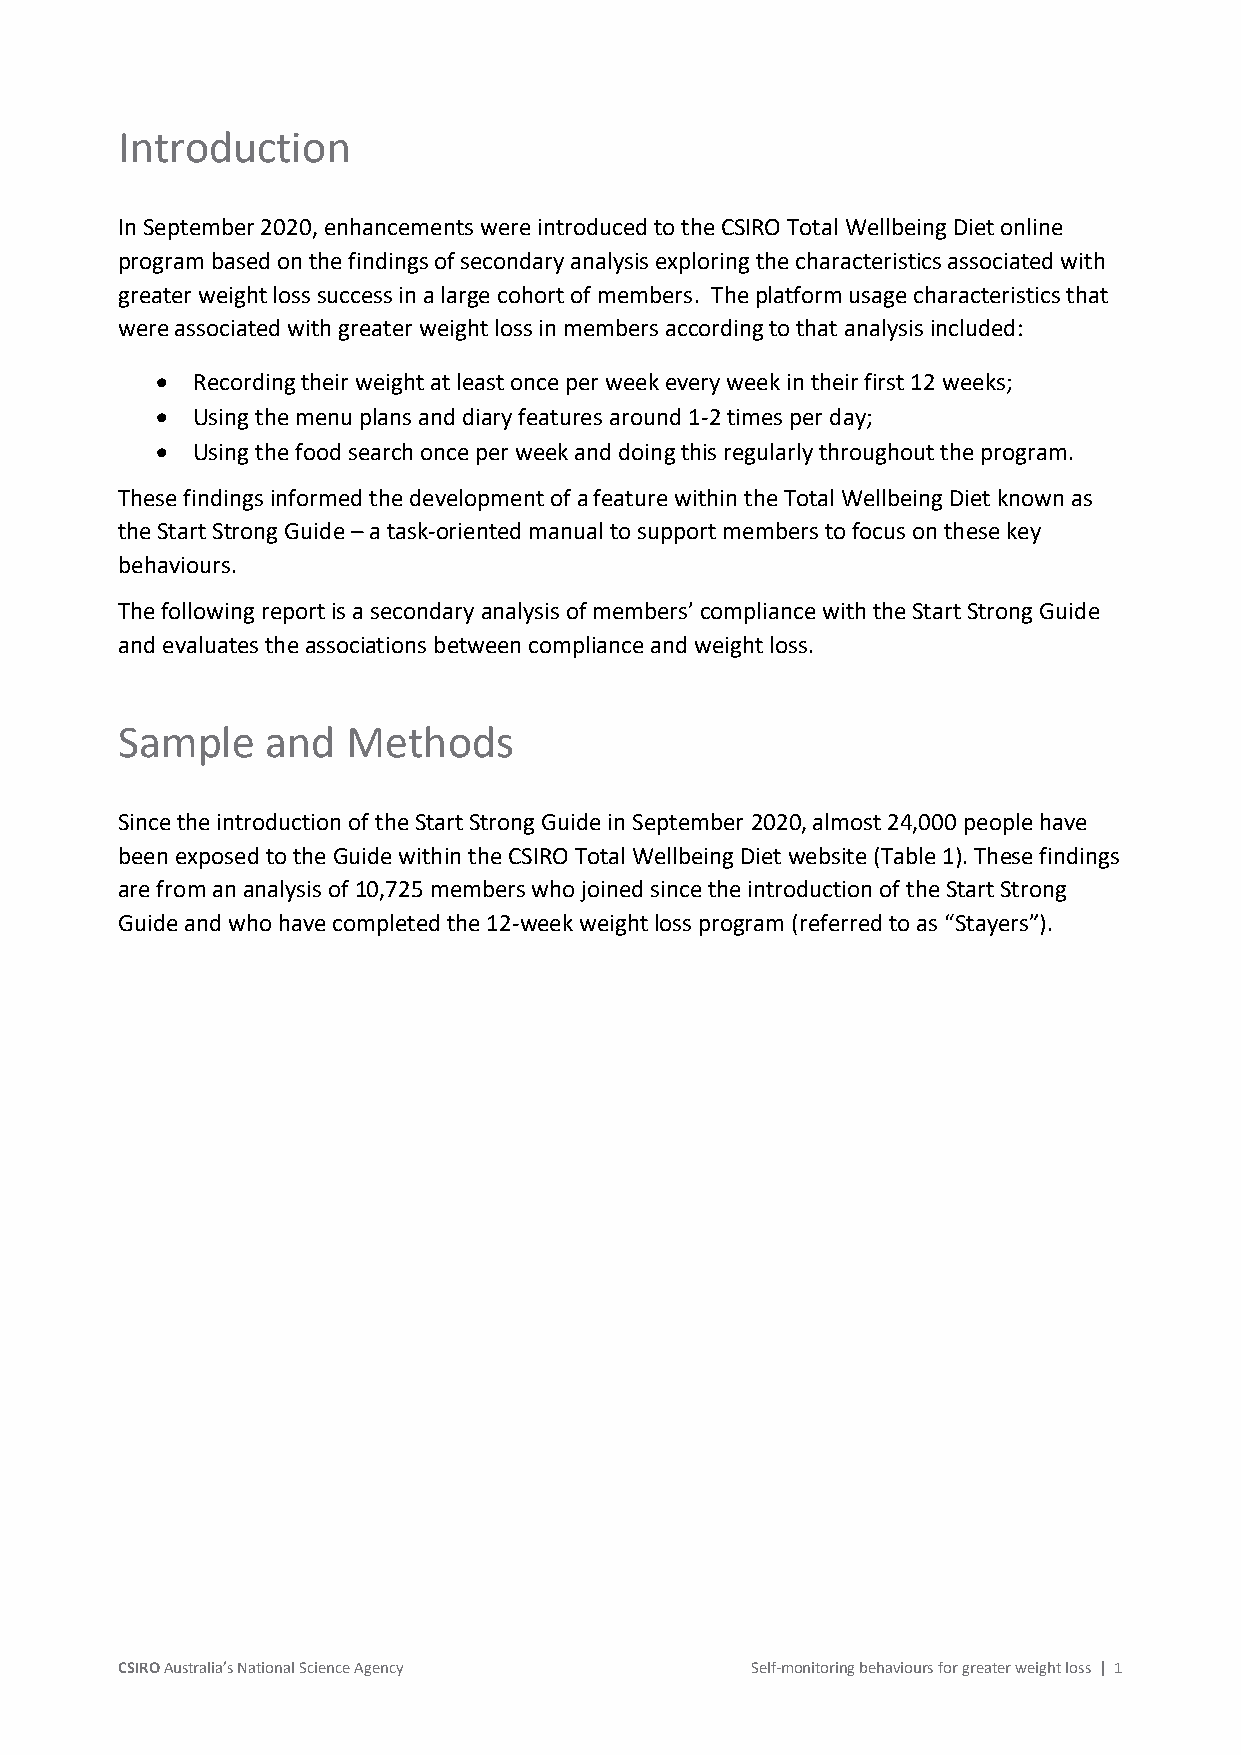
Introduction
 In September 2020, enhancements were introduced to the CSIRO Total Wellbeing Diet online
 program based on the findings of secondary analysis exploring the characteristics associated with
 greater weight loss success in a large cohort of members. The platform usage characteristics that
 were associated with greater weight loss in members according to that analysis included:
 •  Recording their weight at least once per week every week in their first 12 weeks;
 •  Using the menu plans and diary features around 1-2 times per day;
 •  Using the food search once per week and doing this regularly throughout the program.
 These findings informed the development of a feature within the Total Wellbeing Diet known as
 the Start Strong Guide – a task-oriented manual to support members to focus on these key
 behaviours.
 The following report is a secondary analysis of members’ compliance with the Start Strong Guide
 and evaluates the associations between compliance and weight loss.
 Sample    and  Methods
 Since the introduction of the Start Strong Guide in September 2020, almost 24,000 people have
 been exposed to the Guide within the CSIRO Total Wellbeing Diet website (Table 1). These findings
 are from an analysis of 10,725 members who joined since the introduction of the Start Strong
 Guide and who have completed the 12-week weight loss program (referred to as “Stayers”).
 CSIRO Australia’s National Science Agency Self-monitoring behaviours for greater weight loss | 1